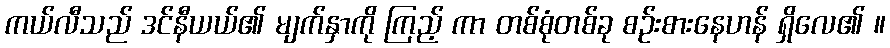
ကယ်လီသည် ဒင်နီယယ်၏ မျက်နှာကို ကြည့် ကာ တစ်စုံတစ်ခု စဉ်းစားနေဟန် ရှိလေ၏ ။